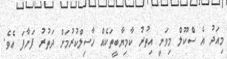
މިއަދު އެ ސްކޫލް މިވަނީ އިތުރު ކާމިޔާބީތަކެއް ހާސިލްކުރުމަށް ދަތުރު ފަށާފަ އެވެ.